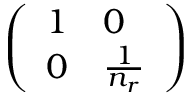
\left( \begin{array} { l l } { 1 } & { 0 } \\ { 0 } & { \frac { 1 } { n _ { r } } } \end{array} \right)